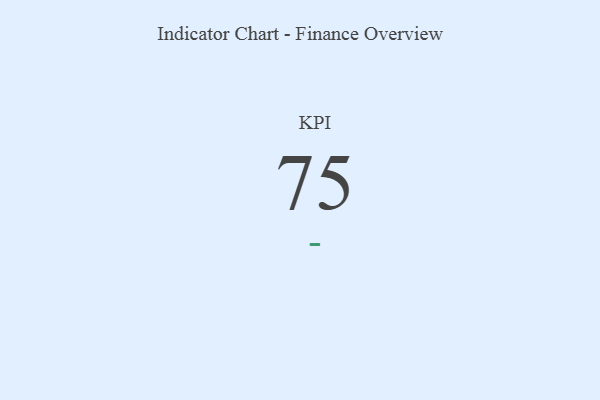
{"axis": {"x": "KPI", "y": "Value"}, "legend": [""], "data": [{"x": "KPI", "y": 75, "type": ""}]}